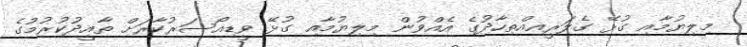
މިލިޔުމާއި ގުޅޭ ގެލަރީއިއްތިހާދުގެ އެއްވުން މިލިޔުމާއި ގުޅޭ ވީޑިއޯސަރުކާރަށް ތާއީދުކުރުމުގެ